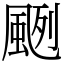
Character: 颲